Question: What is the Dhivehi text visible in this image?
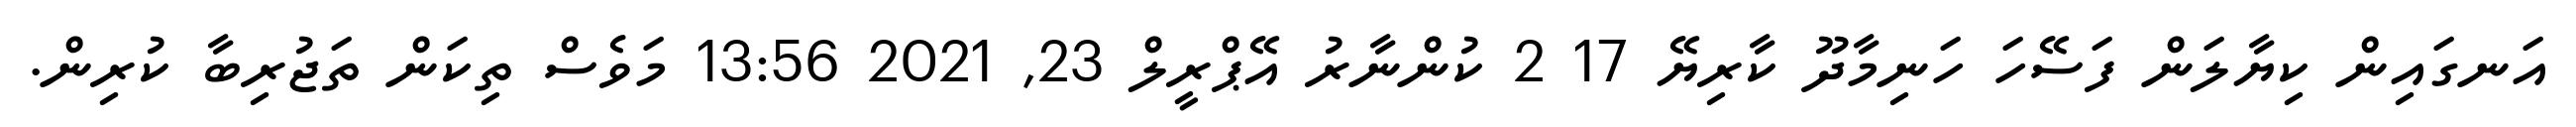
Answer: އަނގައިން ކިޔާލަން ފަސޭހަ ހަނިމާދޫ ކާރިޔޭ 17 2 ކުންނާރު އޭޕްރީލް 23, 2021 13:56 މަވެސް ތިކަން ތަޖުރިބާ ކުރިން.